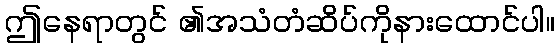
ဤနေရာတွင် ၏အသံတံဆိပ်ကိုနားထောင်ပါ။